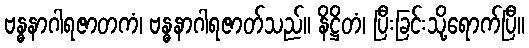
ဗန္ဓနာဂါရဇာတကံ၊ ဗန္ဓနာဂါရဇာတ်သည်။ နိဋ္ဌိတံ၊ ပြီးခြင်းသို့ရောက်ပြီ။